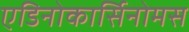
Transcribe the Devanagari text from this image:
एडिनोकार्सिनोमस